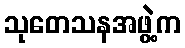
သုတေသနအဖွဲ့က